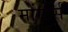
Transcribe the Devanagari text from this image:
मोंस्टर्स